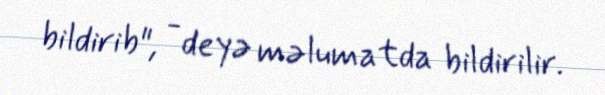
bildirib", - deyə məlumatda bildirilir.